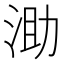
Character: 𣵪